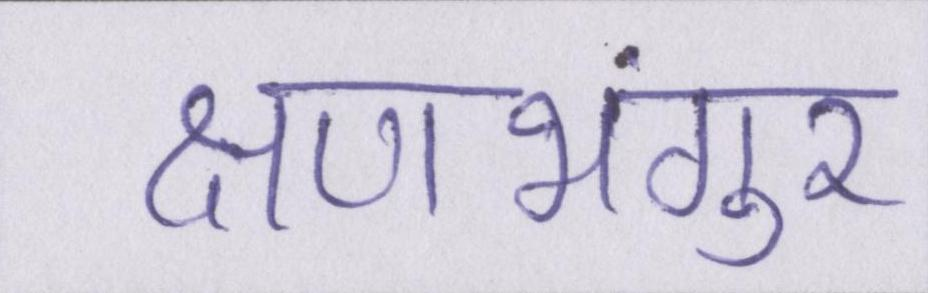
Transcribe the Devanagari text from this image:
क्षणभंगुर